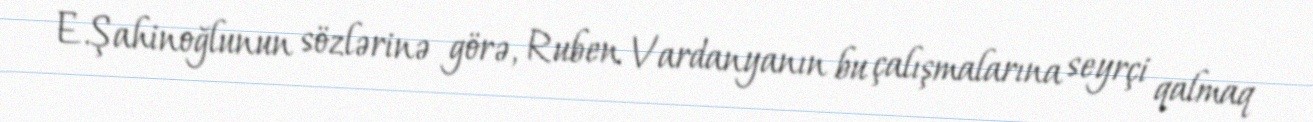
E.Şahinoğlunun sözlərinə görə, Ruben Vardanyanın bu çalışmalarına seyrçi qalmaq